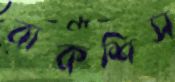
বাকশিস